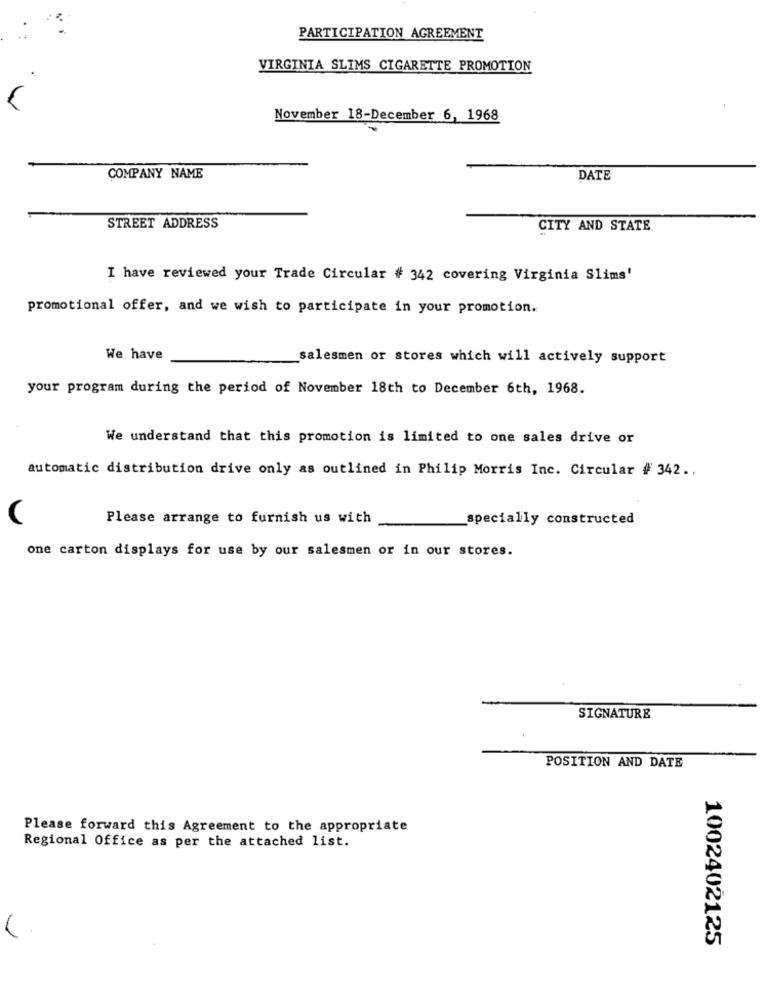
PARTICIPATION AGREEMENT
VIRGINIA SLIMS CIGARETTE PROMOTION
November 18-December 6, 1968
COMPANY NAME
DATE
STREET ADDRESS
CITY AND STATE
I have reviewed your Trade Circular # 342 covering Virginia Slims'
promotional offer, and we wish to participate in your promotion.
We have
salesmen or stores which will actively support
your program during the period of November 18th to December 6th, 1968.
We understand that this promotion is limited to one sales drive or
automatic distribution drive only as outlined in Philip Morris Inc. Circular # 342 ..
Please arrange to furnish us with
specially constructed
one carton displays for use by our salesmen or in our stores.
SIGNATURE
POSITION AND DATE
Please forward this Agreement to the appropriate
Regional Office as per the attached list.
1002402125